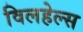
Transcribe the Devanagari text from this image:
विलहेल्स